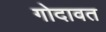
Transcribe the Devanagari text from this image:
गोदावत